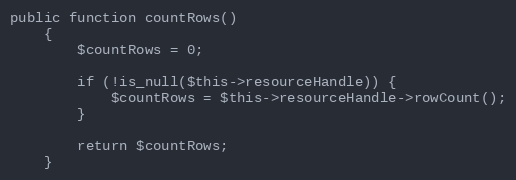
Language: PHP
public function countRows()
    {
        $countRows = 0;

        if (!is_null($this->resourceHandle)) {
            $countRows = $this->resourceHandle->rowCount();
        }

        return $countRows;
    }